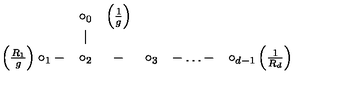
\begin{array} { c c c c c c c } { } & { \circ _ { 0 } } & { \left( \frac { 1 } { g } \right) } & { } & { } & { } & { } \\ { } & { \mid } & { } & { } & { } & { } & { } \\ { \left( \frac { R _ { 1 } } { g } \right) \circ _ { 1 } - } & { \circ _ { 2 } } & { - } & { \circ _ { 3 } } & { - \dots - } & { \circ _ { d - 1 } \left( \frac { 1 } { R _ { d } } \right) } \\ \end{array}